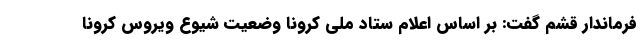
فرماندار قشم گفت: بر اساس اعلام ستاد ملی کرونا وضعیت شیوع ویروس کرونا